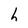
Character: h